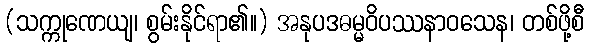
(သက္ကုဏေယျ၊ စွမ်းနိုင်ရာ၏။) အနုပဒဓမ္မဝိပဿနာဝသေန၊ တစ်ဖို့စီ